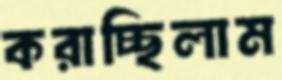
করাচ্ছিলাম